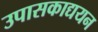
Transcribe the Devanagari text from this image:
उपासकाद्ययन